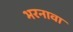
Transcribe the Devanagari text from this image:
भरनावा